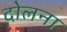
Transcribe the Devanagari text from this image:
दोलना